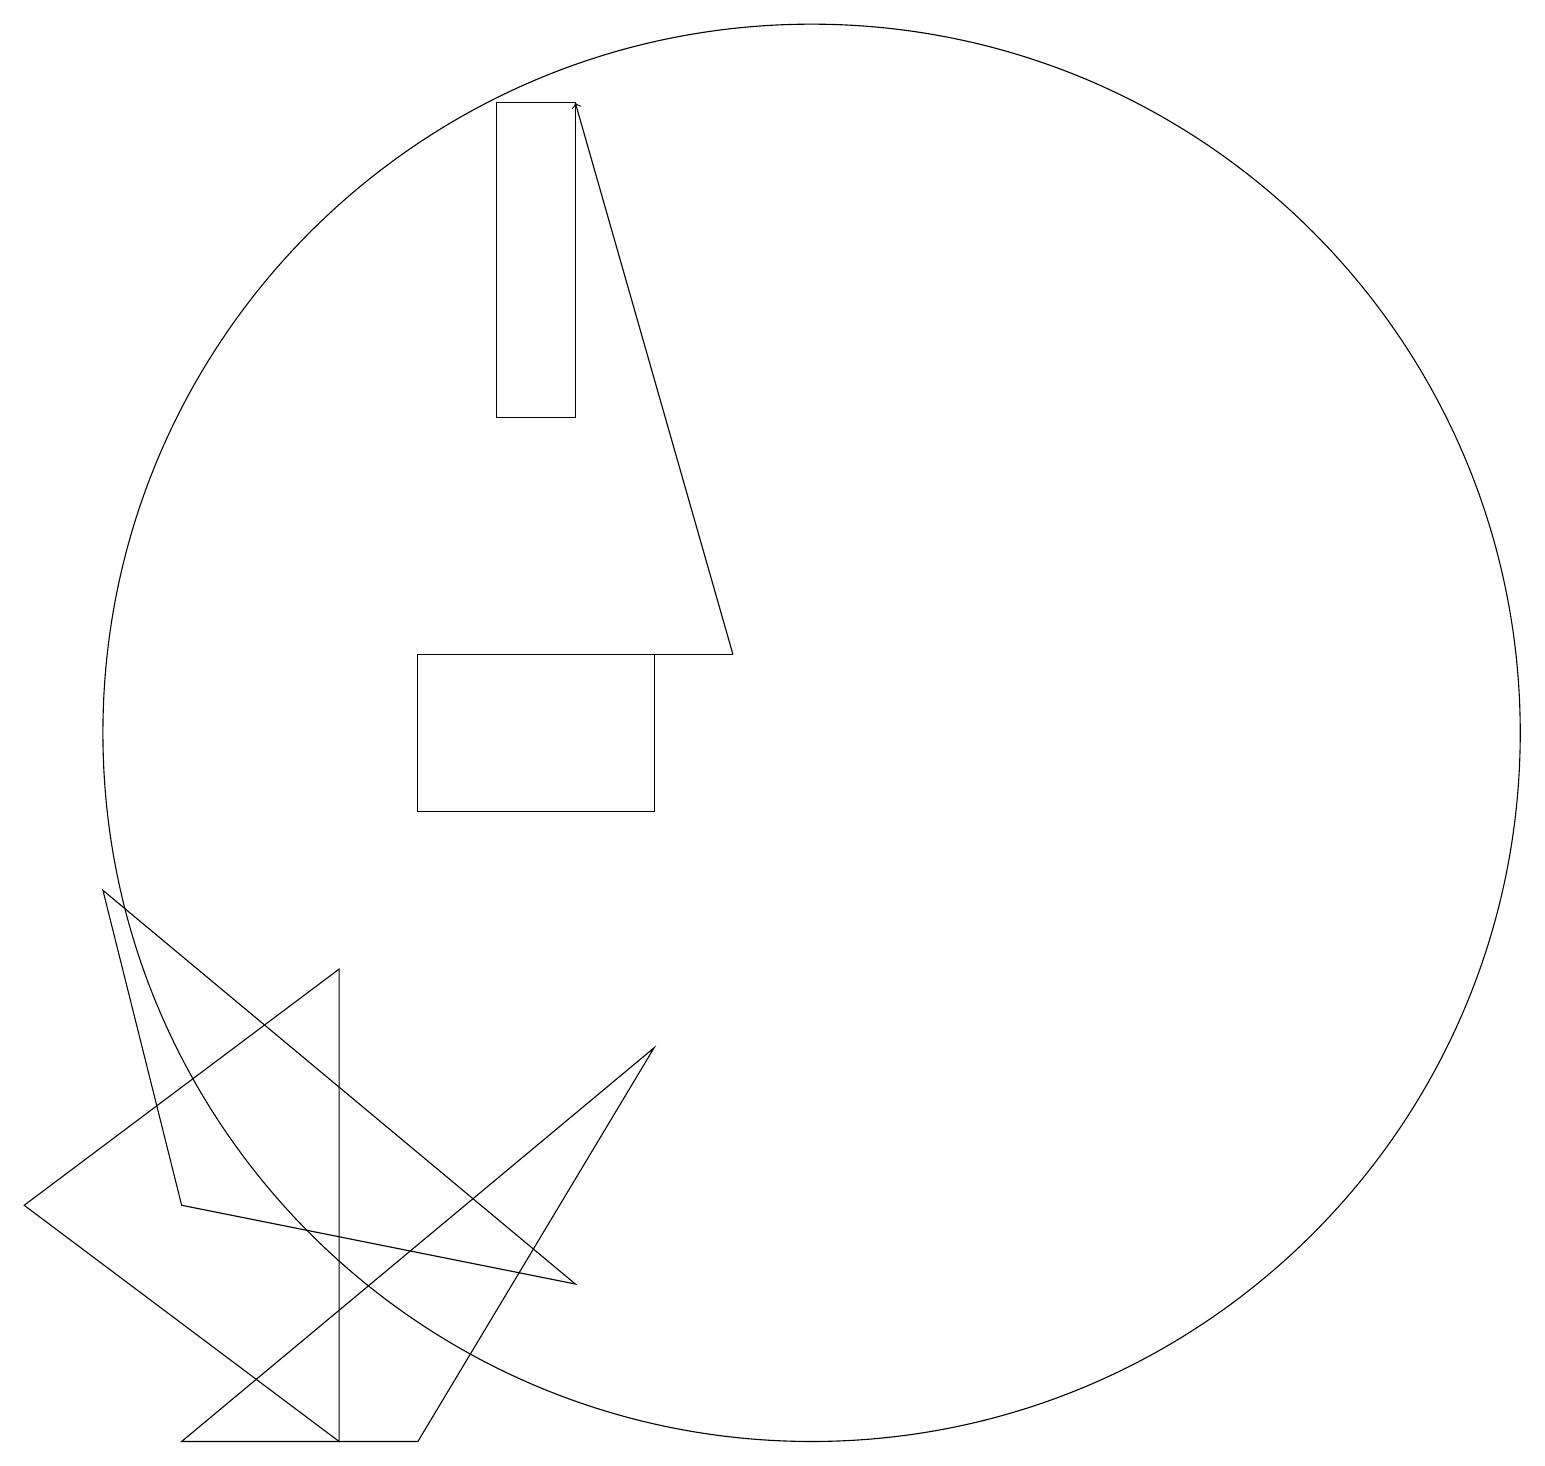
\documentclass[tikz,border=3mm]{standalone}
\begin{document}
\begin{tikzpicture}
\draw (6,15) rectangle (7,19);
\draw (0,5) -- (4,2) -- (4,8) -- cycle;
\draw (8,12) rectangle (5,10);
\draw (10,11) circle (9);
\draw[->] (9,12) -- (7,19);
\draw (2,5) -- (1,9) -- (7,4) -- cycle;
\draw (2,2) -- (8,7) -- (5,2) -- cycle;
\draw (9,12) rectangle (6,12);
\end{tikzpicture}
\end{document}